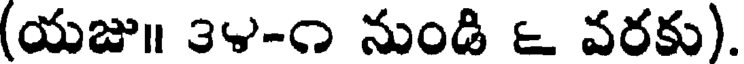
(యజు॥ ౩౪-౧ నుండి ౬ వరకు).